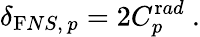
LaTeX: \delta_{{\mathrm FNS},\, p}=2C_{p}^{\mathrm rad}~.